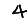
Digit: 4